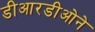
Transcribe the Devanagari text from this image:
डीआरडीओने